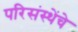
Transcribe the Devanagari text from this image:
परिसंस्थेंचे